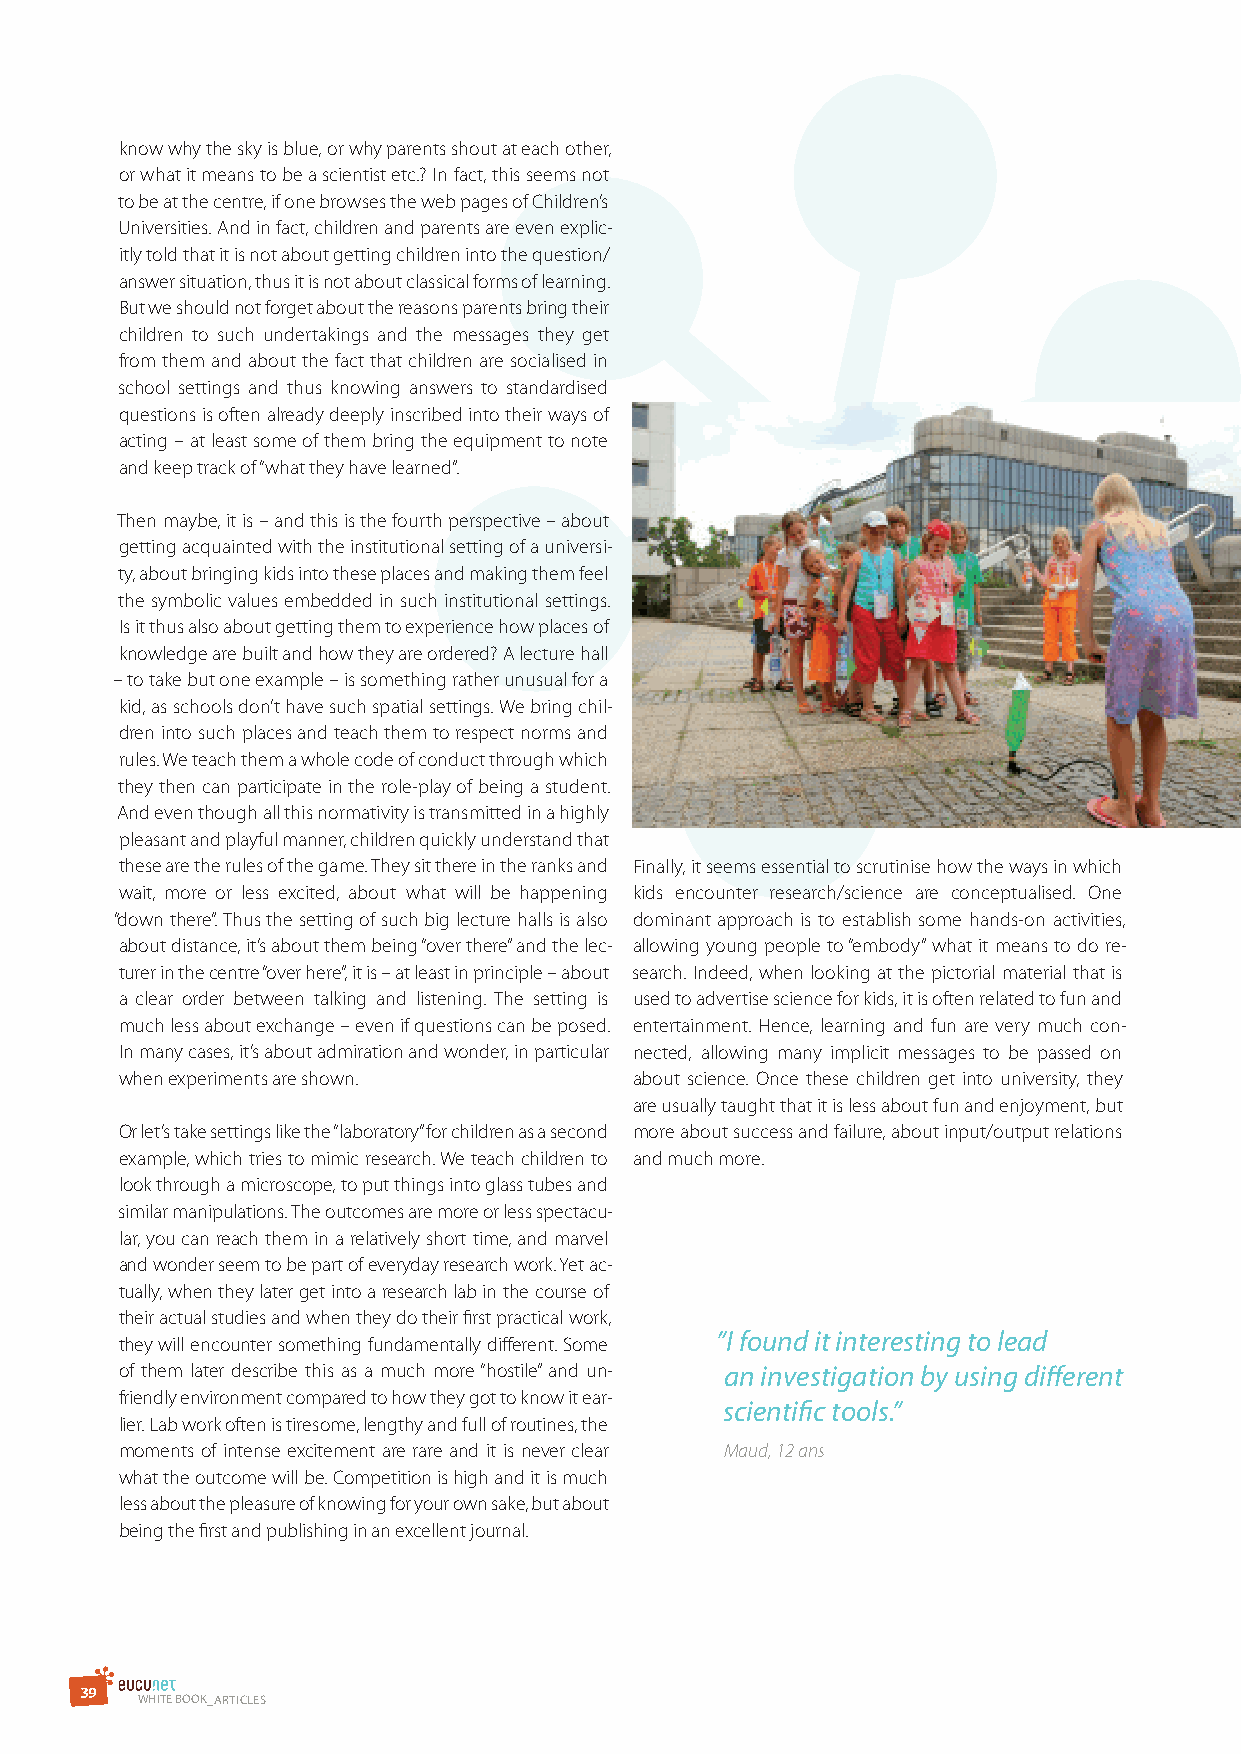
know why the sky is blue, or why parents shout at each other,
 or what it means to be a scientist etc.? In fact, this seems not
 to be at the centre, if one browses the web pages of Children’s
 Universities. And in fact, children and parents are even explic-
 itly told that it is not about getting children into the question/
 answer situation, thus it is not about classical forms of learning.
 But we should not forget about the reasons parents bring their
 children to such undertakings and the messages they get
 from them and about the fact that children are socialised in
 school settings and thus knowing answers to standardised
 questions is often already deeply inscribed into their ways of
 acting – at least some of them bring the equipment to note
 and keep track of “what they have learned”.
 Then maybe, it is – and this is the fourth perspective – about
 getting acquainted with the institutional setting of a universi-
 ty, about bringing kids into these places and making them feel
 the symbolic values embedded in such institutional settings.
 Is it thus also about getting them to experience how places of
 knowledge are built and how they are ordered? A lecture hall
 – to take but one example – is something rather unusual for a
 kid, as schools don’t have such spatial settings. We bring chil-
 dren into such places and teach them to respect norms and
 rules. We teach them a whole code of conduct through which
 they then can participate in the role-play of being a student.
 And even though all this normativity is transmitted in a highly
 pleasant and playful manner, children quickly understand that
 these are the rules of the game. They sit there in the ranks and Finally, it seems essential to scrutinise how the ways in which
 wait, more or less excited, about what will be happening kids encounter research/science are conceptualised. One
 “down there”. Thus the setting of such big lecture halls is also dominant approach is to establish some hands-on activities,
 about distance, it’s about them being “over there” and the lec- allowing young people to “embody” what it means to do re-
 turer in the centre “over here”, it is – at least in principle – about search. Indeed, when looking at the pictorial material that is
 a clear order between talking and listening. The setting is used to advertise science for kids, it is often related to fun and
 much less about exchange – even if questions can be posed. entertainment. Hence, learning and fun are very much con-
 In many cases, it’s about admiration and wonder, in particular nected, allowing many implicit messages to be passed on
 when experiments are shown.       about science. Once these children get into university, they
 are usually taught that it is less about fun and enjoyment, but
 Or let’s take settings like the “laboratory” for children as a second more about success and failure, about input/output relations
 example, which tries to mimic research. We teach children to and much more.
 look through a microscope, to put things into glass tubes and
 similar manipulations. The outcomes are more or less spectacu-
 lar, you can reach them in a relatively short time, and marvel
 and wonder seem to be part of everyday research work. Yet ac-
 tually, when they later get into a research lab in the course of
 their actual studies and when they do their first practical work,
 ”I found it interesting to lead
 they will encounter something fundamentally different. Some
 of them later describe this as a much more “hostile” and un- an investigation by using different
 friendly environment compared to how they got to know it ear-
 scientific tools.”
 lier. Lab work often is tiresome, lengthy and full of routines, the
 moments of intense excitement are rare and it is never clear Maud, 12 ans
 what the outcome will be. Competition is high and it is much
 less about the pleasure of knowing for your own sake, but about
 being the first and publishing in an excellent journal.
 3 9
 WHITE BOOK_ArTIClEs